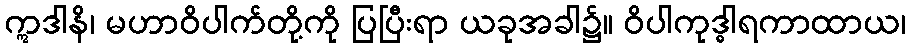
ဣဒါနိ၊ မဟာဝိပါက်တို့ကို ပြပြီးရာ ယခုအခါ၌။ ဝိပါကုဒ္ဓါရကာထာယ၊